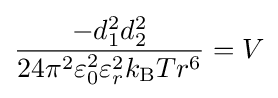
{\frac {-d_{1}^{2}d_{2}^{2}}{24\pi ^{2}\varepsilon _{0}^{2}\varepsilon _{r}^{2}k_{\text{B}}Tr^{6}}}=V